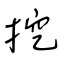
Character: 挖